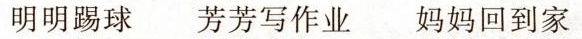
明明踢球芳芳写作业妈妈回到家